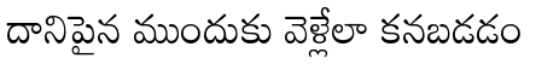
దానిపైన ముందుకు వెళ్లేలా కనబడడం